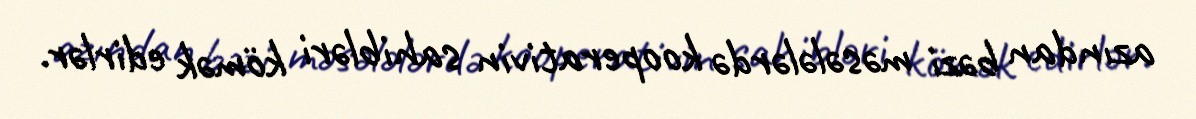
azından bəzi məsələlərdə kooperativin sahibləri kömək edirlər.